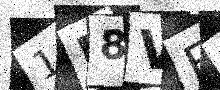
Text: 1D8VFI